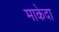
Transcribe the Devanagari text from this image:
माकेदा